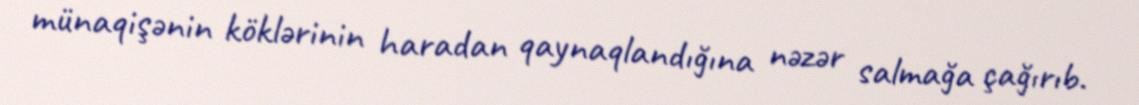
münaqişənin köklərinin haradan qaynaqlandığına nəzər salmağa çağırıb.